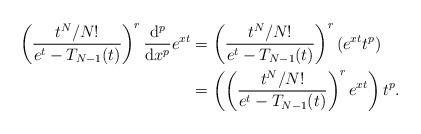
LaTeX: \begin{align*} \begin{aligned} \left(\frac{t^N/N!}{e^t-T_{N-1}(t)}\right)^{r} \frac{{\rm d}^p}{{\rm d} x^p} e^{xt}&= \left(\frac{t^N/N!}{e^t-T_{N-1}(t)}\right)^{r}(e^{xt}t^p)\\ &=\left(\left(\frac{t^N/N!}{e^t-T_{N-1}(t)}\right)^{r}e^{xt}\right)t^p. \end{aligned}\end{align*}